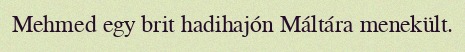
Mehmed egy brit hadihajón Máltára menekült.